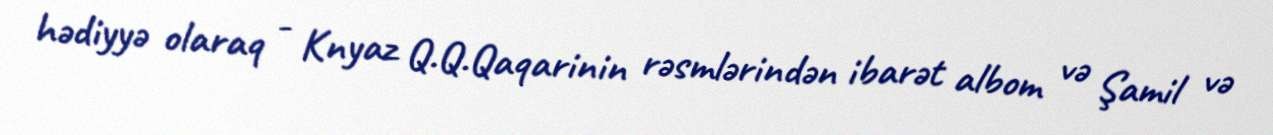
hədiyyə olaraq - Knyaz Q.Q.Qaqarinin rəsmlərindən ibarət albom və Şamil və